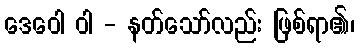
ဒေဝေါ ဝါ - နတ်သော်လည်း ဖြစ်ရာ၏၊